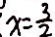
x = \frac { 3 } { 2 }